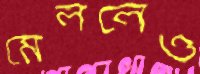
মেললেও